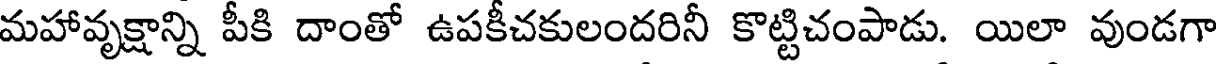
మహావృక్షాన్ని పీకి దాంతో ఉపకీచకులందరినీ కొట్టిచంపాడు. యిలా వుండగా